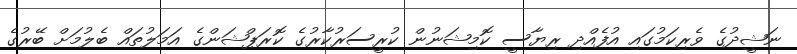
ނަޝީދުގެ ވެރިކަމުގައި އުފެއްދި ރިޔާސީ ކޮމިޝަނުން ކުރީސަރުކާރުގެ ކޮރަޕްޝަންގެ އަމަލުތައް ބެލުމަށް ބޭރުގެ